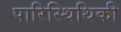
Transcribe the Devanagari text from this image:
पारिस्थिथिकी